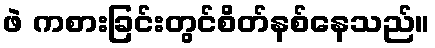
ဖဲ ကစားခြင်းတွင်စိတ်နစ်နေသည်။